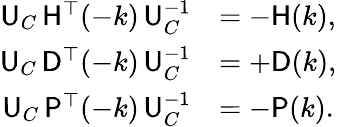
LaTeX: \begin{array}{rl}{{\sf U}_{C}\, {\sf H}^{\top}(-k)\, {\sf U}_{C}^{-1}}&{=-{\sf H}(k),}\\ {{\sf U}_{C}\, {\sf D}^{\top}(-k)\, {\sf U}_{C}^{-1}}&{=+{\sf D}(k),}\\ {{\sf U}_{C}\, {\sf P}^{\top}(-k)\, {\sf U}_{C}^{-1}}&{=-{\sf P}(k).}\end{array}